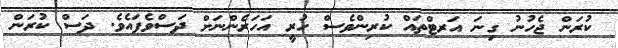
ކުރަން ޖެހުނު ގިނަ އަރޓްތައް ކުރިންވެސް ހުރީ އަހަރެންނަށް ދަސްވެފައެވެ. ދަސް ކުރަން